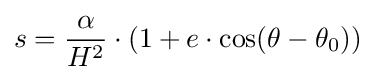
s={\frac {\alpha }{H^{2}}}\cdot \left(1+e\cdot \cos(\theta -\theta _{0})\right)